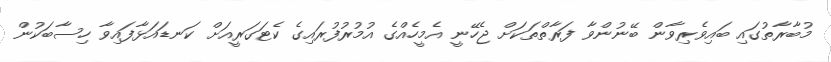
މުބާރާތުގައި ބައިވެރިވާން ބޭނުންވާ ފަރާތްތަކަށް ޖެހޭނީ އެމީހެއްގެ އުމުރުފުރައިގެ ކެޓަގަރީއަށް ކަނޑައަޅާފައިވާ ހިސާބަކުން